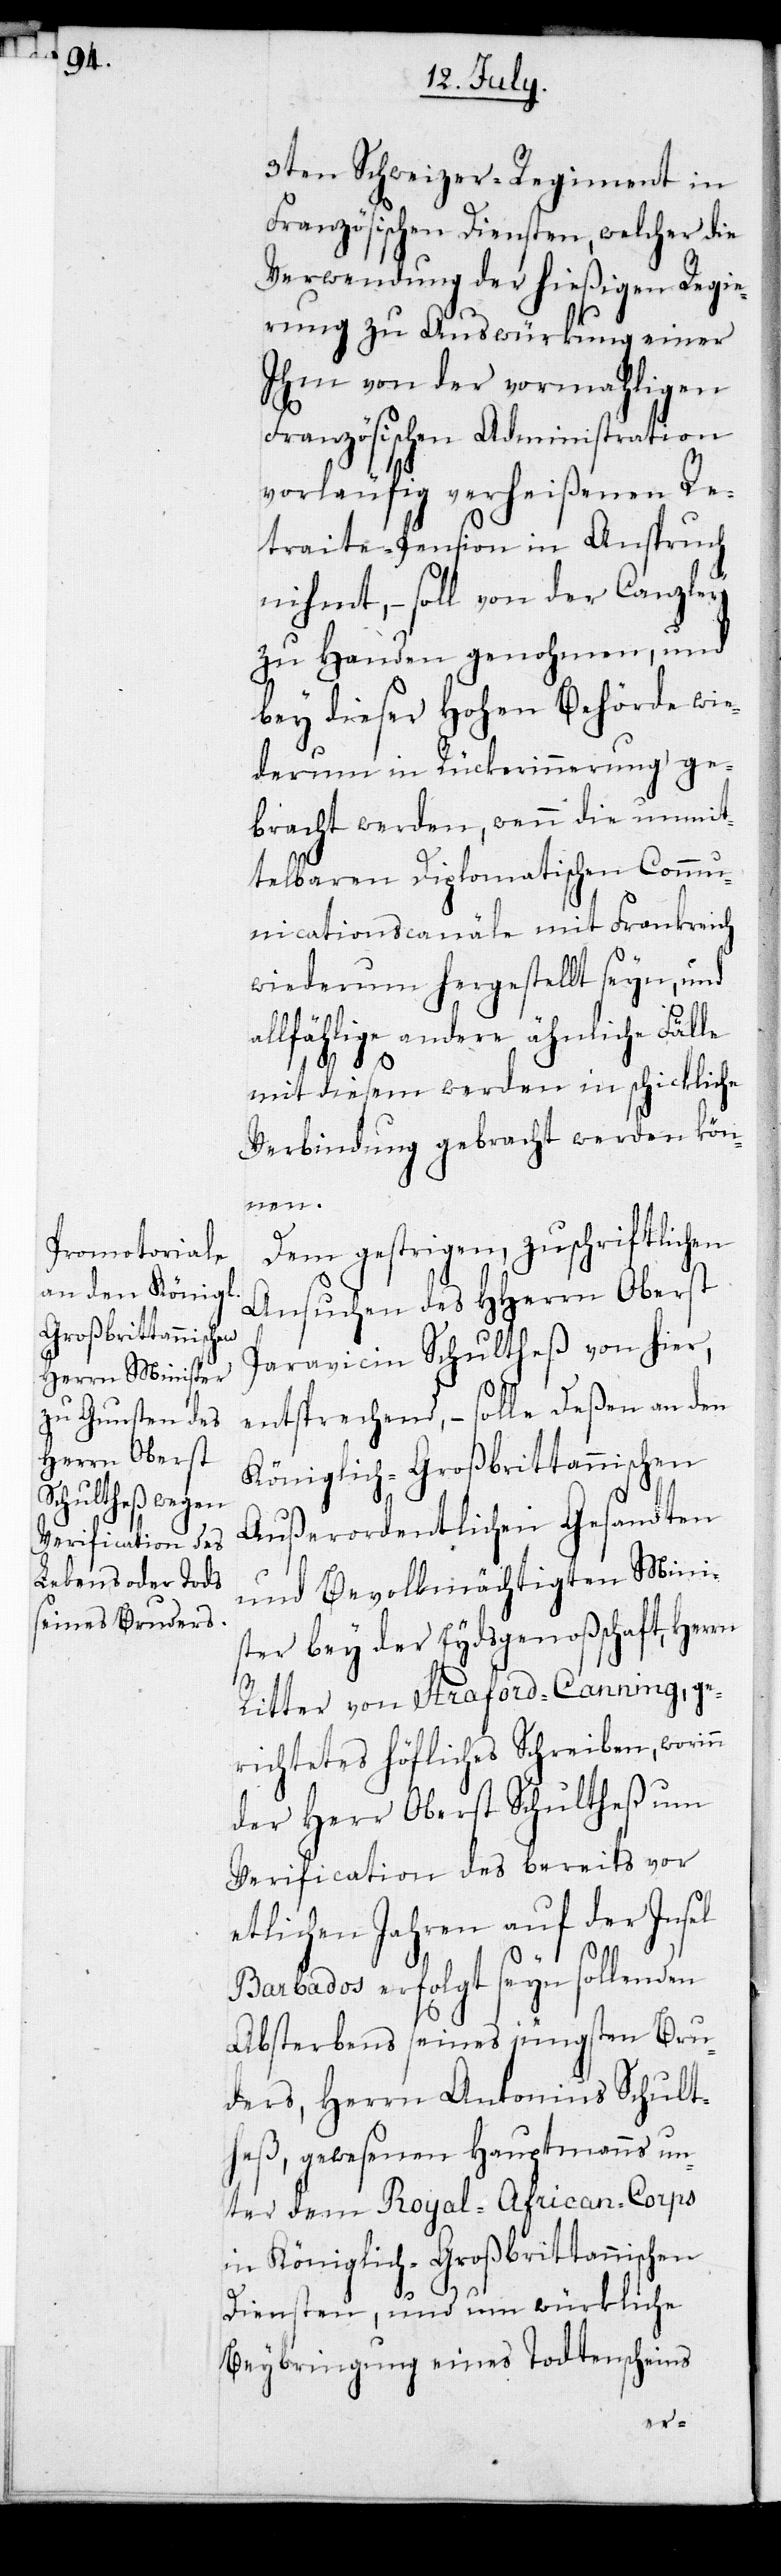
3ten Schweizer-Regiment in
Französischen Diensten, welcher die
Verwendung der hießigen Regie¬
rung zu Auswürkung einer
Ihm von der vormahligen
Französischen Administration
vorläufig verheißenen Re¬
traite-Pension in Anspruch
nihmt, – soll von der Canzley
zu Handen genohmen, und
bey dieser Hohen Behörde wie¬
derum in Rückerinnerung ge¬
bracht werden, wenn die unmit¬
telbaren Diplomatischen Commu¬
nicationscanäle mit Frankreich
wiederum hergestellt seyn, und
allfählige andere ähnliche Fälle
mit diesem werden ein schickliche
Verbindung gebracht werden kön¬
nen.
Dem gestrigen, zuschriftlichen
Ansuchen des HHerrn Oberst
Paravicin Schultheß von hier,
entsprechend, – solle Deßen an den
Königlich-Großbrittannischen
Außerordentlichen Gesandten
und Bevollmächtigten Mini¬
ster bey der Eydsgenoßschaft, Herrn
Ritter von Straford-Canning, ge¬
richtetes höfliches Schreiben, worinn
der Herr Oberst Schultheß um
Verification des bereits vor
etlichen Jahren auf der Insel
Barbados erfolgt seyn sollenden
Absterbens seines jüngsten Bru¬
ders, Herrn Antonius Schult¬
heß, gewesenen Hauptmanns un¬
ter dem Royal-African-Corps
in Königlich-Großbrittannischen
Diensten, und um würkliche
Beybringung eines Todtenscheins